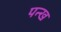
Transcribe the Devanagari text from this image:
पन्ख